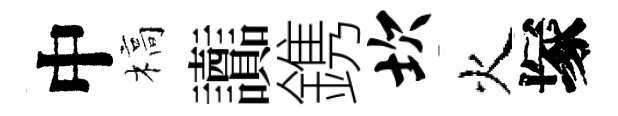
中槁讟鎸坎火塚